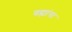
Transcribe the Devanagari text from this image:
वह्यांचा